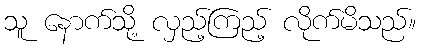
သူ နောက်သို့ လှည့်ကြည့် လိုက်မိသည်။